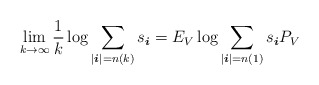
\begin{align*} \lim_{k\to \infty} \frac{1}{k} \log \sum_{ | \boldsymbol{i} | = n(k) } s_{ \boldsymbol{i} } = E_V \log \sum_{ | \boldsymbol{i} | = n(1) } s_{ \boldsymbol{i} } P_V \end{align*}